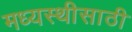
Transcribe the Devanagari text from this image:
मध्यस्थीसाठी